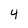
Character: 4